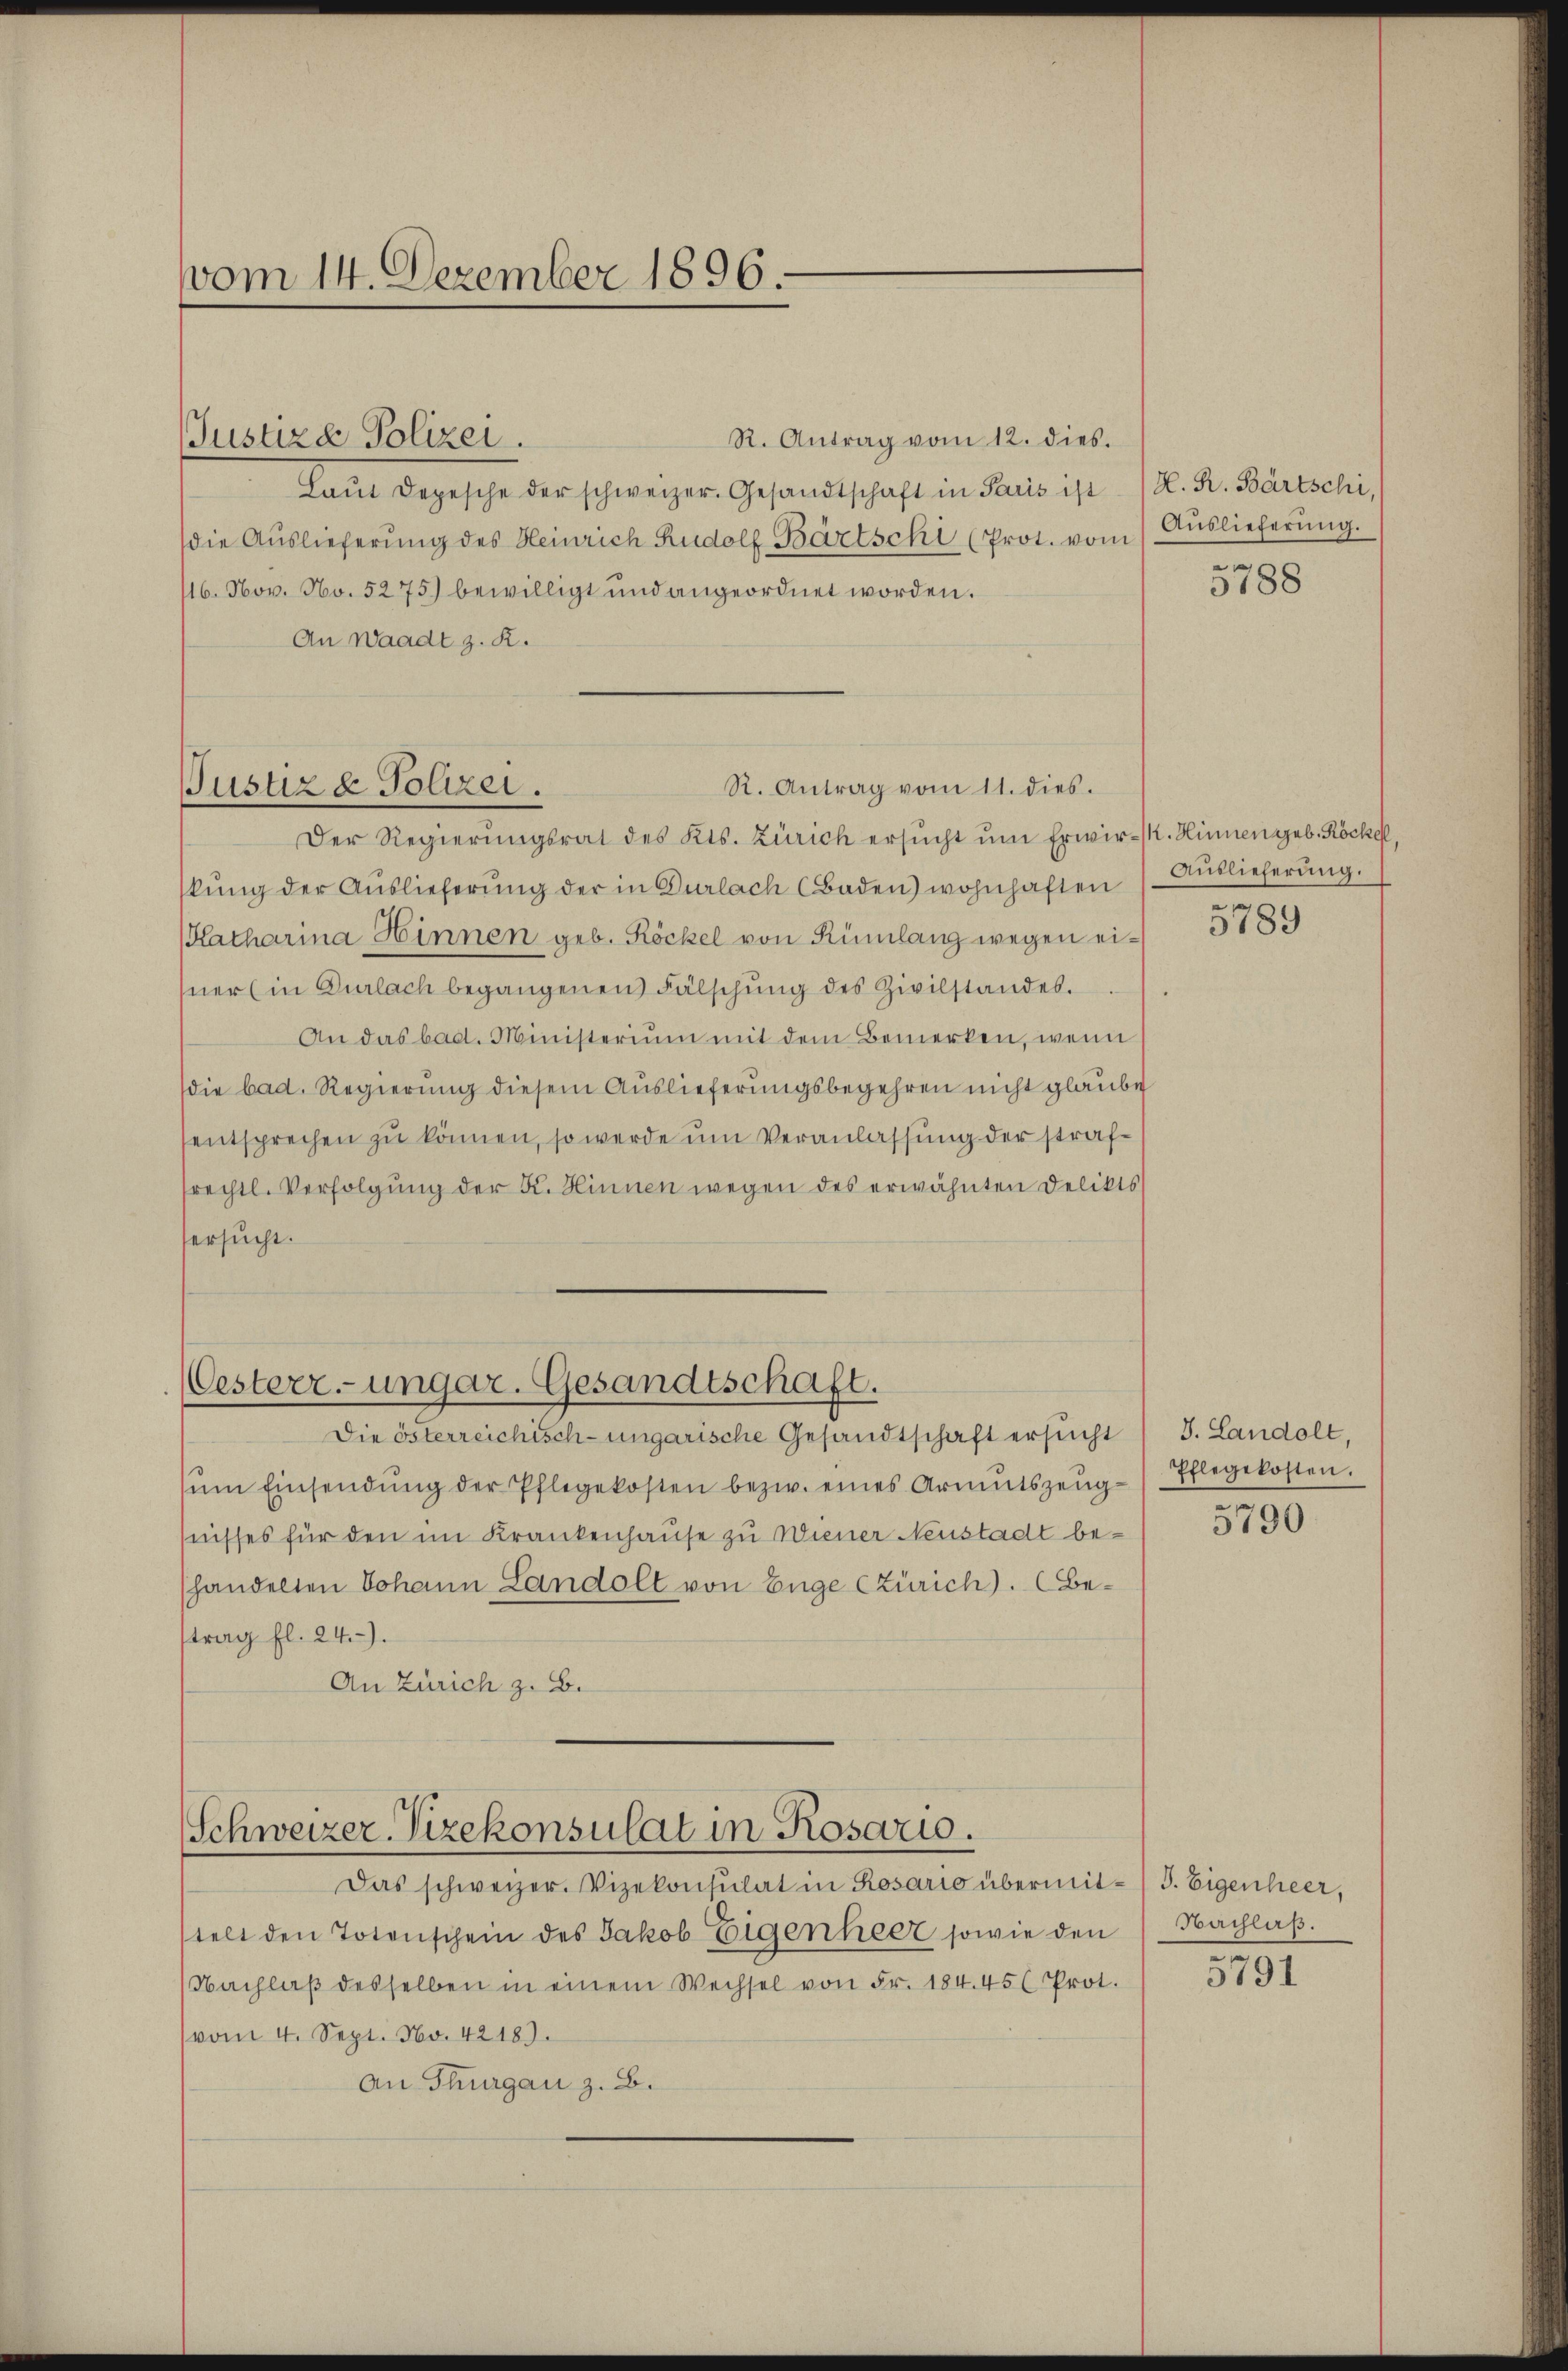
vom 14. Dezember 1896.

Laut Depesche der schweizer-Gesandtschaft in Paris ist
die Auslieferung des Heinrich Rudolf Bartschi (Prot. vom
116. Nov. No. 5275) bewilligt und angeordnet worden.
An Waadt z. R.

Justiza Polizei.

Der Regierŭngsrat des Kts. Zürich ersŭcht ŭm Erwir. Hinnen geb. Röckel,
kŭng der Aŭslieferŭng der in Dürlach Baden) wohnhaften / Aŭslieferŭng.
(Katharina Hinnen geb. Röckel von Rümlang wegen eisner (in Dürlach begangenen Fälschung des Zivilstandes.
An das bad. Ministerium mit dem Bemerken, wenn
die bad. Regierung diesem Auslieferungsbegehren nicht glaube
entsprechen zu können, so werde um Veranlassung der strafsrechtl. Verfolgung der K. Hinnen wegen des erwähnten Delikts
ersucht.

R. Antrag vom 11. dies.
Justiz & Polizei.

Oesterr.-ungar. Gesandtschaft.
Die österreichisch-ungarische Gesandtschaft ersucht

ŭm Einsendŭng der Pflegekosten bezw. eines Armutszeugnisses für den im Krankenhause zu Wiener Neustadt behandelten Johann Landolt von Enge Zürich). (Betrag fl. 24.)
An Zürich z. B.

Schweizer-Vizekonsulat in Rosario.

R. Antrag vom 12. dies.

Das schweizer. Vizekonsulat in Rosario übermit-/J. Eigenheer,
telt den Totenschein des Jakob Eigenheer sowie den Nachlaβ.
Nachlaβ desselben in einem Wechsel von Fr. 184. 45 ( Prot.
vom 4. Sept. No. 4218).
An Thurgau z. B.

H. R. Bartschi,
Auslieferung.

5788

e

5789

J. Landolt
Pflegekosten.

5790

5791